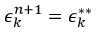
\epsilon _ { k } ^ { n + 1 } = \epsilon _ { k } ^ { * * }